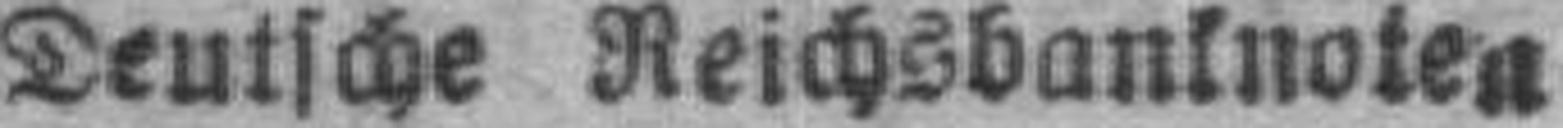
Deutsche Reichsbanknoten